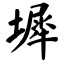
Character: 墀